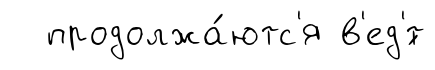
продолжа́ютс'я в'ед'́т